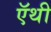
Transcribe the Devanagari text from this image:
ऍथी